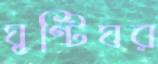
ঘুণ্টিঘর